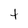
Character: t